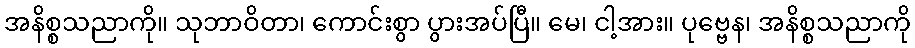
အနိစ္စသညာကို။ သုဘာဝိတာ၊ ကောင်းစွာ ပွားအပ်ပြီ။ မေ၊ ငါ့အား။ ပုဗ္ဗေန၊ အနိစ္စသညာကို